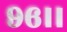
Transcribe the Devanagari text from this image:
९६।।